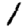
Digit: 1